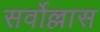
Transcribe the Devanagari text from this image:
सर्वोल्लास